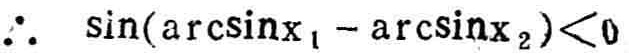
\(\therefore \ \sin(\arcsin x_{1}-\arcsin x_{2})<0\)